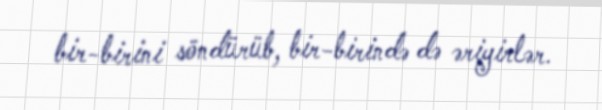
bir-birini söndürüb, bir-birində də əriyirlər.